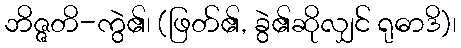
ဘိဇ္ဇတိ-ကွဲ၏၊ (ဖြတ်၏, ခွဲ၏ဆိုလျှင် ရုဓာဒိ)၊